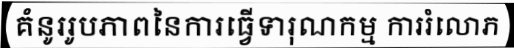
គំនូររូបភាពនៃការធ្វើទារុណកម្ម ការរំលោភ